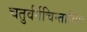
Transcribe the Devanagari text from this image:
चतुर्वर्गचिन्तामािः